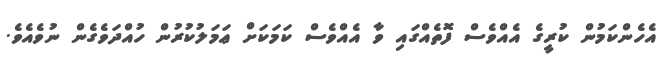
އެހެންކަމުން ކުރީގެ އެއްވެސް ފޮތެއްގައި ވާ އެއްވެސް ކަމަކަށް ޢަމަލުކުރުން ހުއްދަވެގެން ނުވެއެވެ.